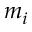
m _ { i }